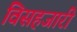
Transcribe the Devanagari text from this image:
विसहजारी